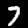
Label: 7